Annual administration report of the Civil Veterinary Department of India - 1899-1900
Year: 1899
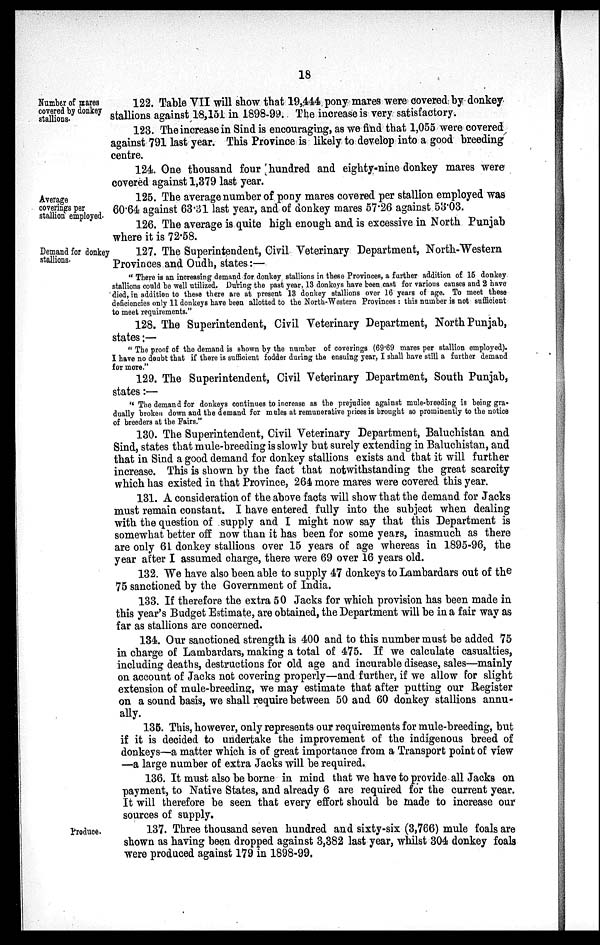
18
Number of mares
covered by donkey
stallions.
122. Table VII will show that 19,444 pony mares were covered by donkey
stallions against 18,151 in 1898-99. The increase is very satisfactory.
123. The increase in Sind is encouraging, as we find that 1,055 were covered
against 791 last year. This Province is likely to develop into a good breeding
centre.
124. One thousand four hundred and eighty-nine donkey mares were
covered against 1,379 last year.
Average
coverings per
stallion employed.
125. The average number of pony mares covered per stallion employed was
60.64 against 63.31 last year, and of donkey mares 57.26 against 53.03.
126. The average is quite high enough and is excessive in North Punjab
where it is 72.58.
Demand for donkey
stallions.
127. The Superintendent, Civil Veterinary Department, North-Western
Provinces and Oudh, states:—
"There is an increasing demand for donkey stallions in these Provinces, a further addition of 15 donkey
stallions could be well utilized. During the past year, 13 donkeys have been cast for various causes and 2 have
died, in addition to these there are at present 13 donkey stallions over 16 years of age. To meet these
deficiencies only 11 donkeys have been allotted to the North-Western Provinces: this number is not sufficient
to meet requirements."
128. The Superintendent, Civil Veterinary Department, North Punjab,
states:—
"The proof of the demand is shown by the number of coverings (69.69 mares per stallion employed).
I have no doubt that if there is sufficient fodder during the ensuing year, I shall have still a further demand
for more."
129. The Superintendent, Civil Veterinary Department, South Punjab,
states:—
"The demand for donkeys continues to increase as the prejudice against mule-breeding is being gra-
dually broken down and the demand for mules at remunerative prices is brought so prominently to the notice
of breeders at the Fairs."
130. The Superintendent, Civil Veterinary Department, Baluchistan and
Sind, states that mule-breeding is slowly but surely extending in Baluchistan, and
that in Sind a good demand for donkey stallions exists and that it will further
increase. This is shown by the fact that notwithstanding the great scarcity
which has existed in that Province, 264 more mares were covered this year.
131. A consideration of the above facts will show that the demand for Jacks
must remain constant. I have entered fully into the subject when dealing
with the question of supply and I might now say that this Department is
somewhat better off now than it has been for some years, inasmuch as there
are only 61 donkey stallions over 15 years of age whereas in 1895-96, the
year after I assumed charge, there were 69 over 16 years old.
132. We have also been able to supply 47 donkeys to Lambardars out of the
75 sanctioned by the Government of India.
133. If therefore the extra 50 Jacks for which provision has been made in
this year's Budget Estimate, are obtained, the Department will be in a fair way as
far as stallions are concerned.
134. Our sanctioned strength is 400 and to this number must be added 75
in charge of Lambardars, making a total of 475. If we calculate casualties,
including deaths, destructions for old age and incurable disease, sales—mainly
on account of Jacks not covering properly—and further, if we allow for slight
extension of mule-breeding, we may estimate that after putting our Register
on a sound basis, we shall require between 50 and 60 donkey stallions annu-
ally.
135. This, however, only represents our requirements for mule-breeding, but
if it is decided to undertake the improvement of the indigenous breed of
donkeys—a matter which is of great importance from a Transport point of view
—a large number of extra Jacks will be required.
136. It must also be borne in mind that we have to provide all Jacks on
payment, to Native States, and already 6 are required for the current year.
It will therefore be seen that every effort should be made to increase our
sources of supply.
Produce.
137. Three thousand seven hundred and sixty-six (3,766) mule foals are
shown as having been dropped against 3,382 last year, whilst 304 donkey foals
were produced against 179 in 1898-99.